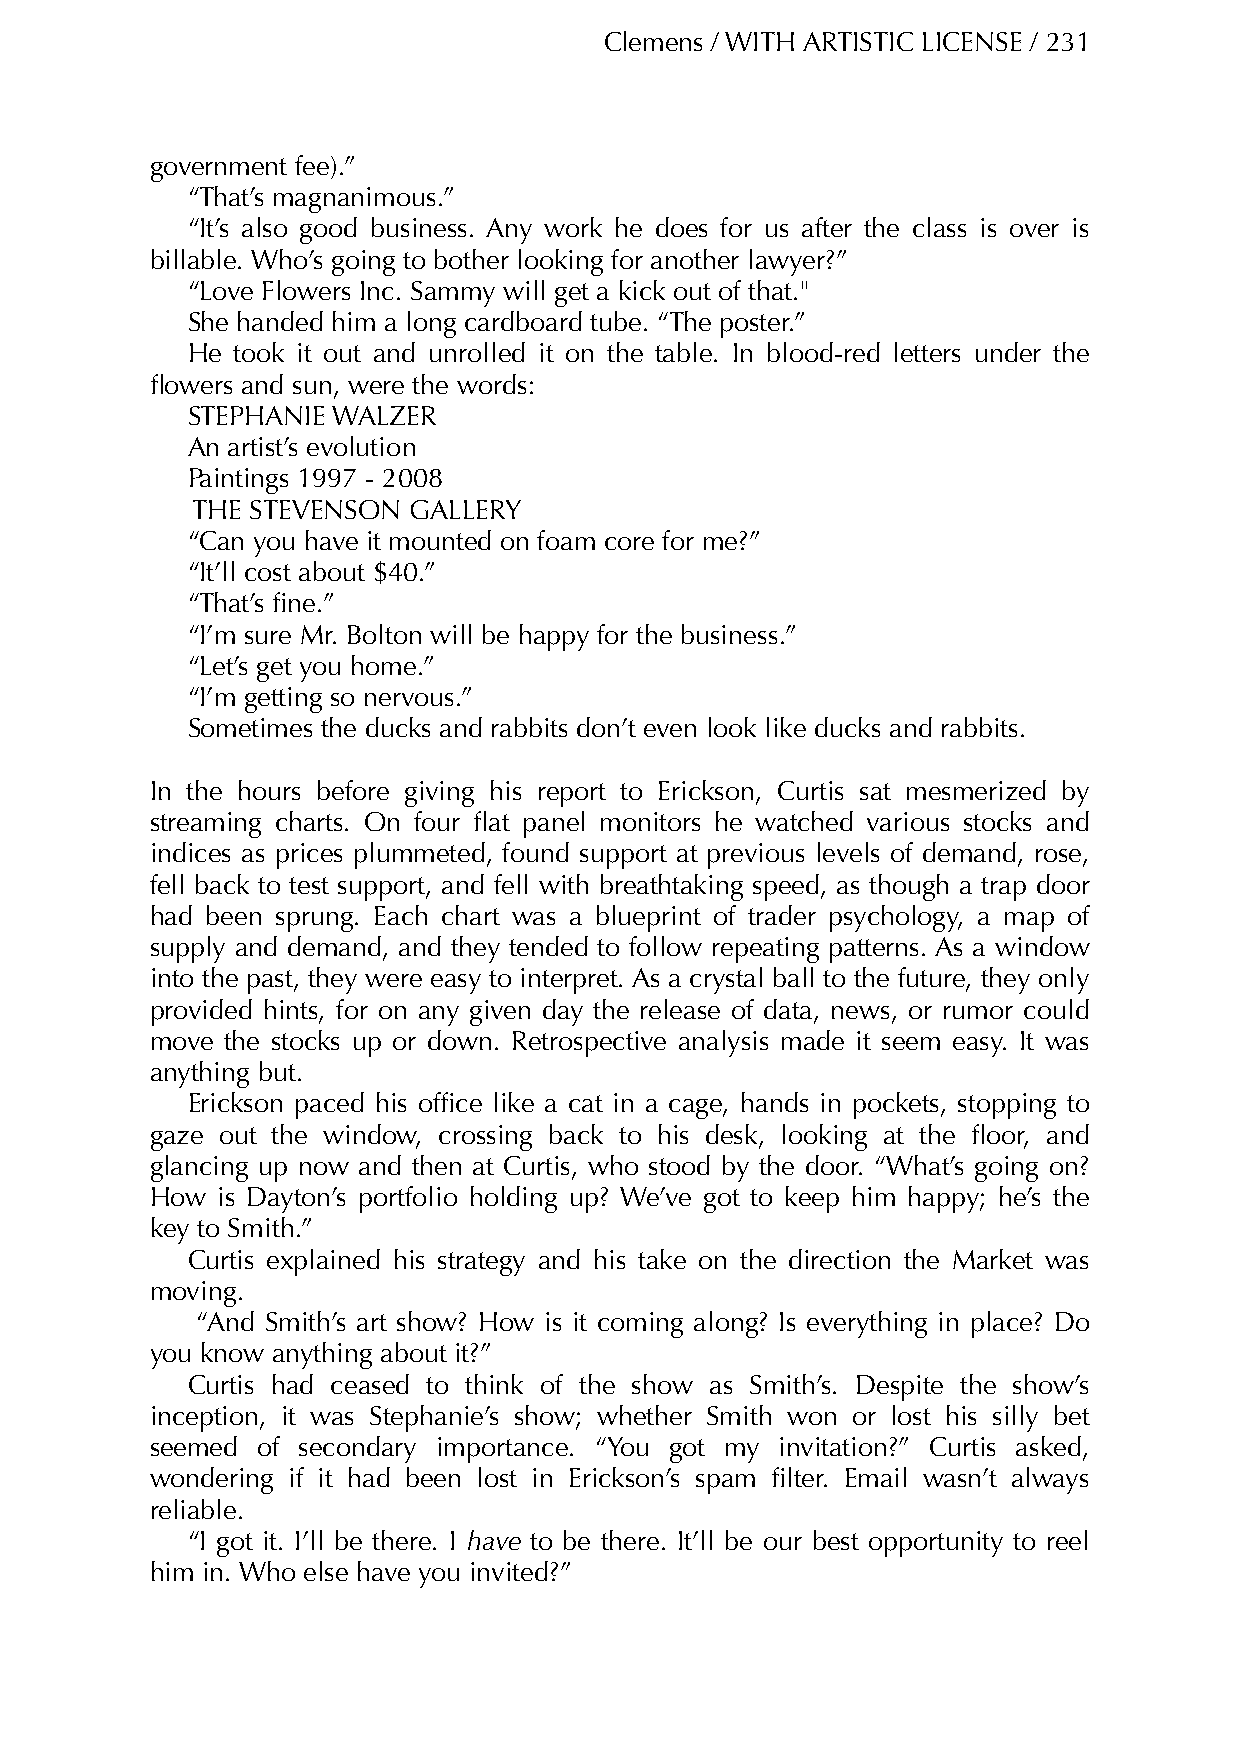
Clemens / WITH ARTISTIC LICENSE / 231
 government fee).”
 “That’s magnanimous.”
 “It’s also good business. Any work he does for us after the class is over is
 billable. Who’s going to bother looking for another lawyer?”
 “Love Flowers Inc. Sammy will get a kick out of that."
 She handed him a long cardboard tube. “The poster.”
 He took it out and unrolled it on the table. In blood-red letters under the
 flowers and sun, were the words:
 STEPHANIE WALZER
 An artist’s evolution
 Paintings 1997 - 2008
 THE STEVENSON GALLERY
 “Can you have it mounted on foam core for me?”
 “It’ll cost about $40.”
 “That’s fine.”
 “I’m sure Mr. Bolton will be happy for the business.”
 “Let’s get you home.”
 “I’m getting so nervous.”
 Sometimes the ducks and rabbits don’t even look like ducks and rabbits.
 In the hours before giving his report to Erickson, Curtis sat mesmerized by
 streaming charts. On four flat panel monitors he watched various stocks and
 indices as prices plummeted, found support at previous levels of demand, rose,
 fell back to test support, and fell with breathtaking speed, as though a trap door
 had been sprung. Each chart was a blueprint of trader psychology, a map of
 supply and demand, and they tended to follow repeating patterns. As a window
 into the past, they were easy to interpret. As a crystal ball to the future, they only
 provided hints, for on any given day the release of data, news, or rumor could
 move the stocks up or down. Retrospective analysis made it seem easy. It was
 anything but.
 Erickson paced his office like a cat in a cage, hands in pockets, stopping to
 gaze out the window, crossing back to his desk, looking at the floor, and
 glancing up now and then at Curtis, who stood by the door. “What’s going on?
 How is Dayton’s portfolio holding up? We’ve got to keep him happy; he’s the
 key to Smith.”
 Curtis explained his strategy and his take on the direction the Market was
 moving.
 “And Smith’s art show? How is it coming along? Is everything in place? Do
 you know anything about it?”
 Curtis had ceased to think of the show as Smith’s. Despite the show’s
 inception, it was Stephanie’s show; whether Smith won or lost his silly bet
 seemed of secondary importance. “You got my invitation?” Curtis asked,
 wondering if it had been lost in Erickson’s spam filter. Email wasn’t always
 reliable.
 “I got it. I’ll be there. I have to be there. It’ll be our best opportunity to reel
 him in. Who else have you invited?”